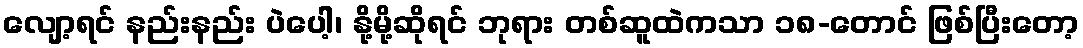
လျော့ရင် နည်းနည်း ပဲပေါ့၊ နို့မို့ဆိုရင် ဘုရား တစ်ဆူထဲကသာ ၁၈-တောင် ဖြစ်ပြီးတော့